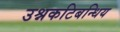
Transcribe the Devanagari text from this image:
उश्नकटिबन्धिय